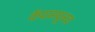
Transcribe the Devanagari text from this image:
कॅपामधूनच